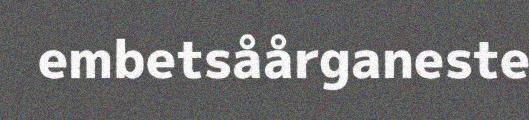
embetsåårganeste